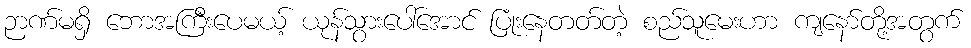
ဉာဏ်မရှိ ဘောအကြီးပေမယ့် ယုန်သွားပေါ်အောင် ပြုံးနေတတ်တဲ့ စည်သူမေးဟာ ကျနော်တို့အတွက်